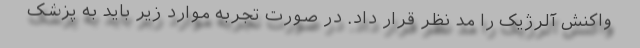
واکنش آلرژیک را مد نظر قرار داد. در صورت تجربه موارد زیر باید به پزشک